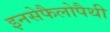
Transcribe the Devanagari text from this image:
इनसेफैलोपैथी